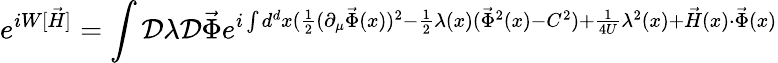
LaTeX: e^{iW[\vec{H}]}=\int{\cal D}\lambda{\cal D}{\vec{\Phi}}e^{i\int d^{d}x(\frac{1}{2}(\partial_{\mu}{\vec{\Phi}}(x))^{2}-\frac{1}{2}\lambda(x)({\vec{\Phi}}^{2}(x)-C^{2})+\frac{1}{4U}\lambda^{2}(x)+{\vec{H}}(x)\cdot{\vec{\Phi}}(x)}